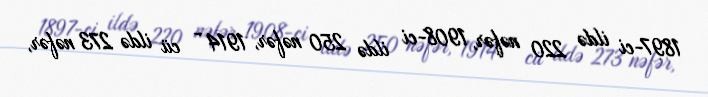
1897-ci ildə 220 nəfər, 1908-ci ildə 250 nəfər, 1914 - cü ildə 273 nəfər,